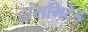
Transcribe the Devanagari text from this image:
ट्रांसमिटेड